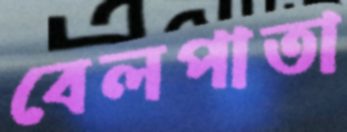
বেলপাতা